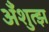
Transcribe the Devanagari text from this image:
अँशुत्झ